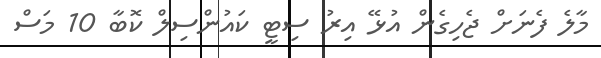
މާލެ ފެނަށް ޖެހިގެން އުޅޭ އިރު ސިޓީ ކައުންސިލް ކޮބާ 10 މަސް